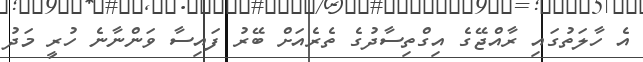
އެ ހާލަތުގައި ރާއްޖޭގެ އިގްތިސާދުގެ ތެރެއަށް ބޭރު ފައިސާ ވަންނާނެ ހުރީ މަދު